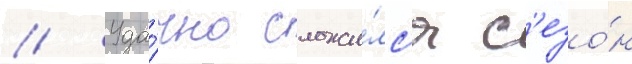
// Уда́чно сложи́лс'я с'езо́н